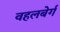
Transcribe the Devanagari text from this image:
वहलबेर्ग